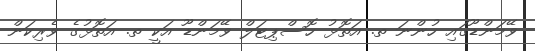
ވޭމަންޑޫގައި ހުންނަ ތ. އަތޮޅު ހޮސްޕިޓަލް ވޭމަންޑޫ އަކީ ތ. އަތޮޅުގެ ވެރިކަން